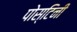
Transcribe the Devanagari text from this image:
पोस्टिनी